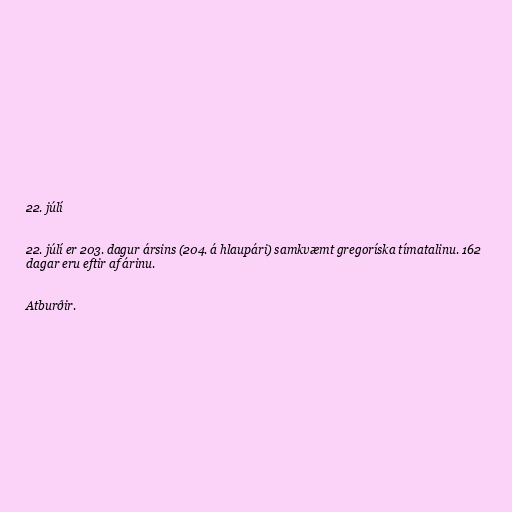
22. júlí

22. júlí er 203. dagur ársins (204. á hlaupári) samkvæmt gregoríska tímatalinu. 162
dagar eru eftir af árinu.

Atburðir.